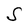
Character: S